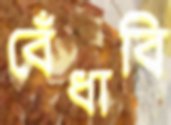
বেঁধাবি